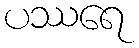
ပဿရေ